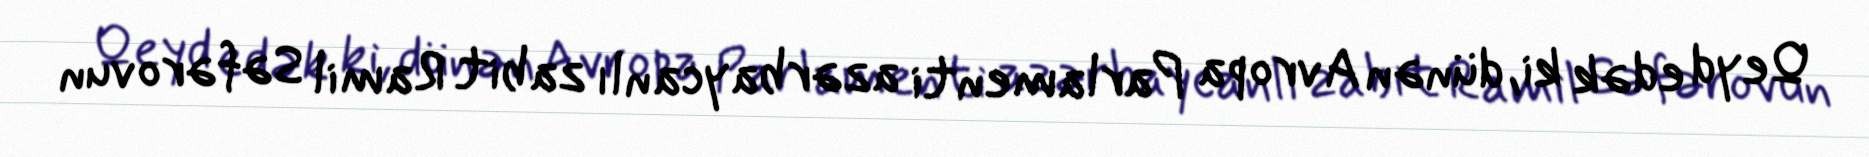
Qeyd edək ki, dünən Avropa Parlamenti azərbaycanlı zabit Ramil Səfərovun